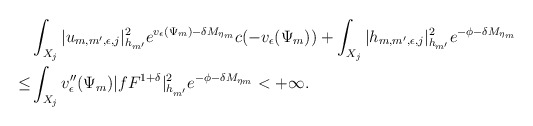
\begin{align*}&\int_{X_j }|u_{m,m',\epsilon,j}|^2_{h_{m'}} e^{v_\epsilon(\Psi_m)-\delta M_{\eta_m}}c(-v_\epsilon(\Psi_m))+\int_{X_j}|h_{m,m',\epsilon,j}|^2_{h_{m'}} e^{-\phi-\delta M_{\eta_m}}\\\le&\int_{X_j}v''_{\epsilon}(\Psi_m)|fF^{1+\delta}|^2_{h_{m'}} e^{-\phi-\delta M_{\eta_m}}<+\infty.\end{align*}